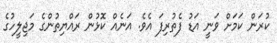
ކުރަން ކަމަށް ވަނީ އަޑު ފެތުރިފަ އެވެ. އަނެއް ކޮޅުން ރައްޔިތުންގެ މަޖިލީހުގެ